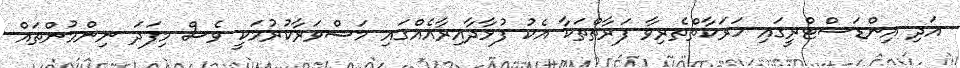
އަދި އިންޑަސްޓްރީގައި ހަރަކާތްތެރިވާ ފަރާތްތަކާ އެކު ފުޅާދާއިރާއެއްގައި މަޝްވަރާކުރުމަކީ ވެސް މިފަދަ ނިންމުންތައް